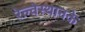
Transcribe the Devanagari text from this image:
रेल्वेस्थानके